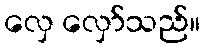
လှေ လှော်သည်။